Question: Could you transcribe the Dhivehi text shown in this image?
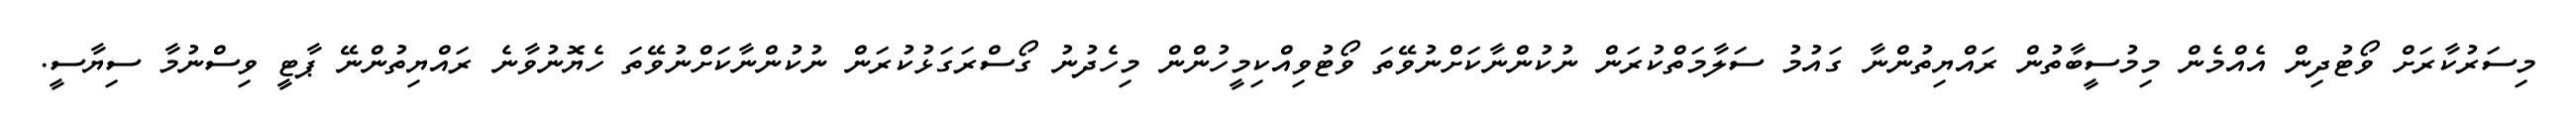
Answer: މިސަރުކާރަށް ވޯޓުދިން އެއްމެން މިމުސީބާތުން ރައްޔިތުންނާ ގައުމު ސަލާމަތްކުރަން ނުކުންނާކަށްނުވޭތަ ވޯޓުވިއްކިމީހުންން މިހެދުނު ގޯސްރަގަޅުކުރަން ނުކުންނާކަށްނުވޭތަ ހެޔޮނުވާނެ ރައްޔިތުންނޭ ޕާޓީ ވިސްނުމާ ސިޔާސީ.